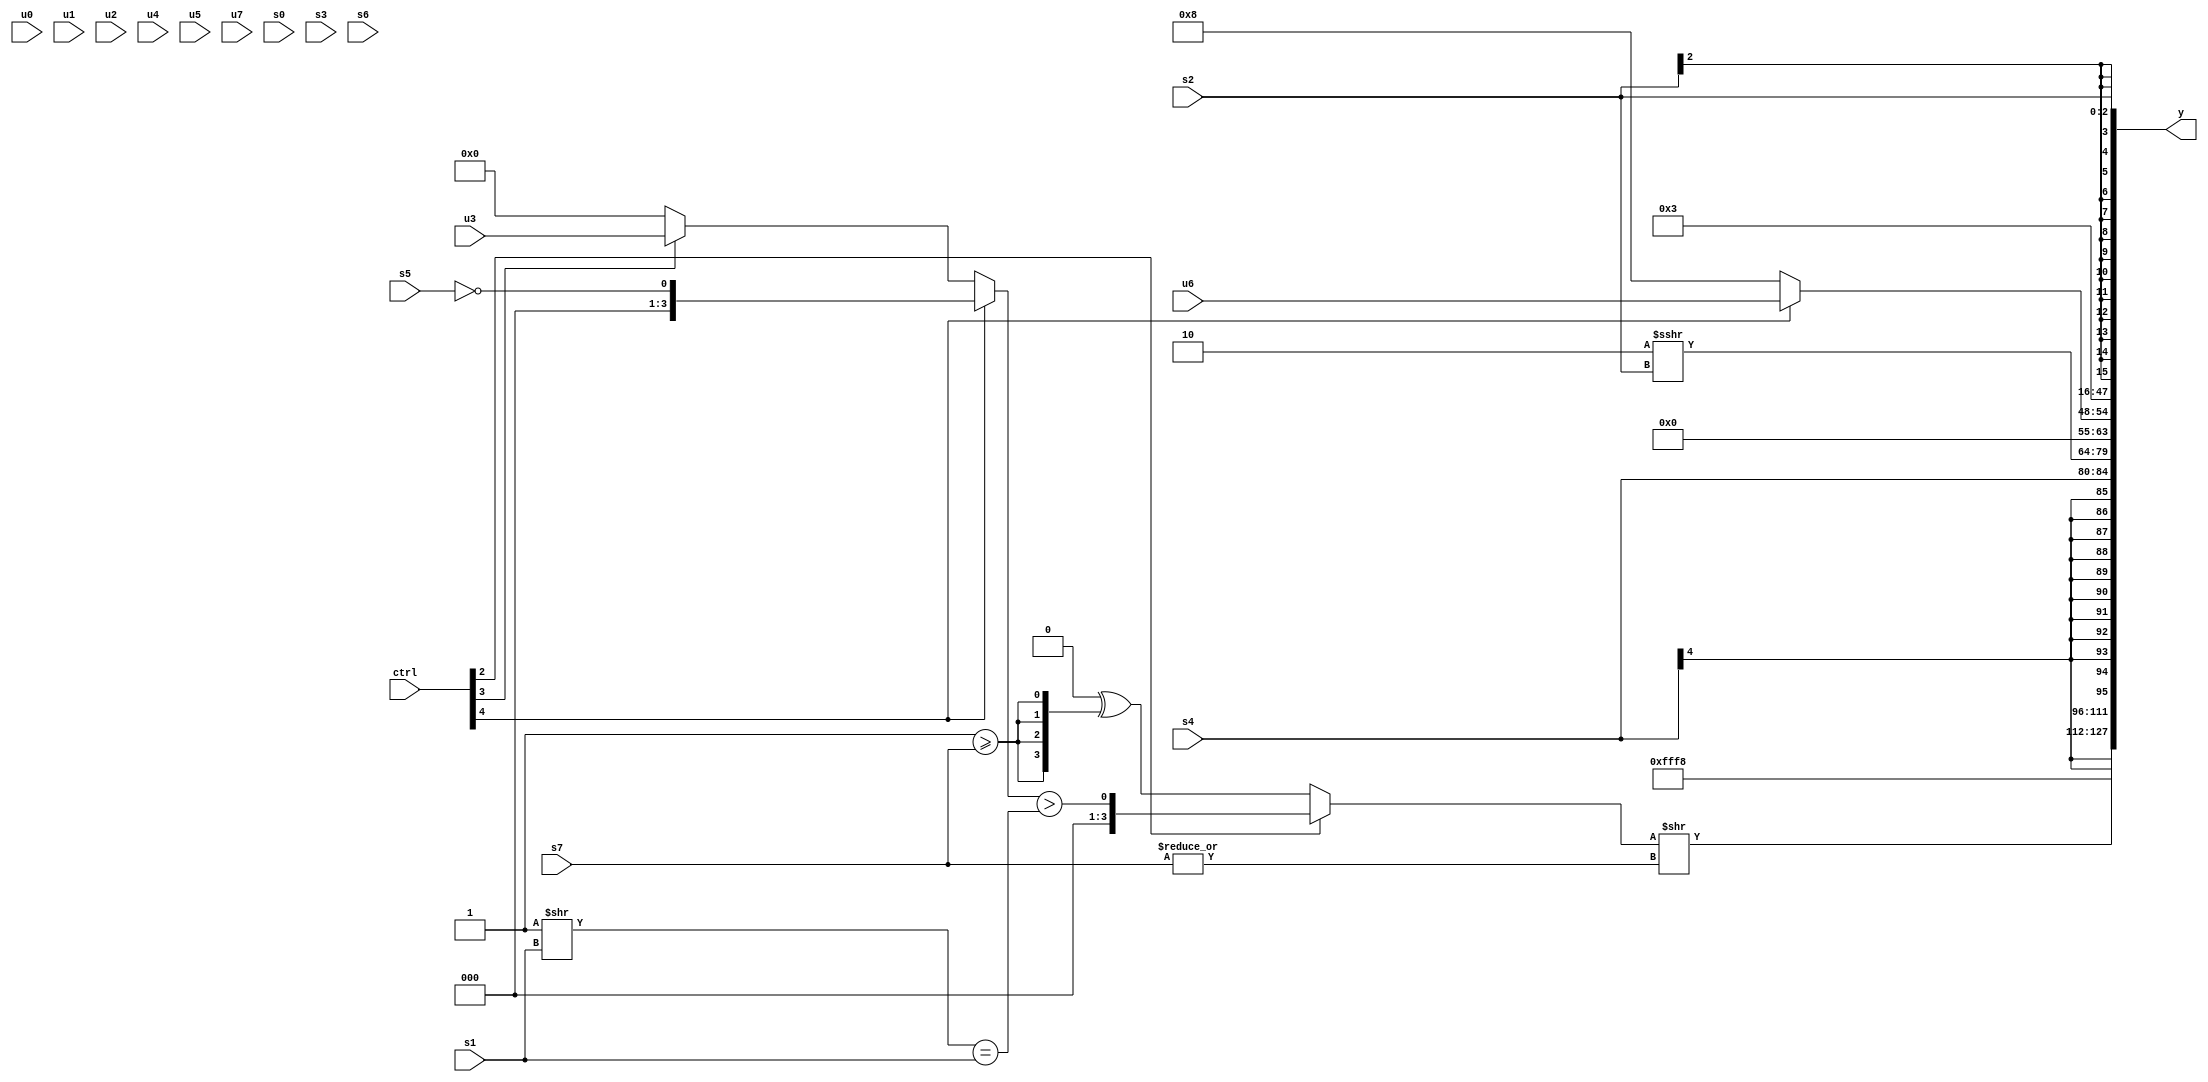
module wideexpr_00348(ctrl, u0, u1, u2, u3, u4, u5, u6, u7, s0, s1, s2, s3, s4, s5, s6, s7, y);
  input [7:0] ctrl;
  input [0:0] u0;
  input [1:0] u1;
  input [2:0] u2;
  input [3:0] u3;
  input [4:0] u4;
  input [5:0] u5;
  input [6:0] u6;
  input [7:0] u7;
  input signed [0:0] s0;
  input signed [1:0] s1;
  input signed [2:0] s2;
  input signed [3:0] s3;
  input signed [4:0] s4;
  input signed [5:0] s5;
  input signed [6:0] s6;
  input signed [7:0] s7;
  output [127:0] y;
  wire [15:0] y0;
  wire [15:0] y1;
  wire [15:0] y2;
  wire [15:0] y3;
  wire [15:0] y4;
  wire [15:0] y5;
  wire [15:0] y6;
  wire [15:0] y7;
  assign y = {y0,y1,y2,y3,y4,y5,y6,y7};
  assign y0 = ((ctrl[2]?((ctrl[4]?(1'sb0)==(s5):(ctrl[3]?u3:1'b0)))>(((4'sb1111)>>(s1))==(s1)):(&(!(4'sb0110)))^({4{(1'sb1)>=(s7)}})))>>(~&(-($signed(~|(s7)))));
  assign y1 = 4'sb1000;
  assign y2 = s4;
  assign y3 = (5'sb11110)>>>(s2);
  assign y4 = (ctrl[4]?u6:$unsigned(5'sb01000));
  assign y5 = 5'sb00000;
  assign y6 = 3'sb011;
  assign y7 = s2;
endmodule